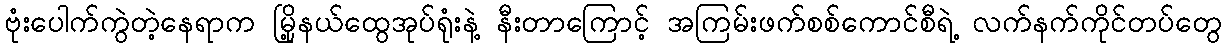
ဗုံးပေါက်ကွဲတဲ့နေရာက မြို့နယ်ထွေအုပ်ရုံးနဲ့ နီးတာကြောင့် အကြမ်းဖက်စစ်ကောင်စီရဲ့ လက်နက်ကိုင်တပ်တွေ